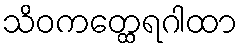
သိဝကတ္ထေရဂါထာ